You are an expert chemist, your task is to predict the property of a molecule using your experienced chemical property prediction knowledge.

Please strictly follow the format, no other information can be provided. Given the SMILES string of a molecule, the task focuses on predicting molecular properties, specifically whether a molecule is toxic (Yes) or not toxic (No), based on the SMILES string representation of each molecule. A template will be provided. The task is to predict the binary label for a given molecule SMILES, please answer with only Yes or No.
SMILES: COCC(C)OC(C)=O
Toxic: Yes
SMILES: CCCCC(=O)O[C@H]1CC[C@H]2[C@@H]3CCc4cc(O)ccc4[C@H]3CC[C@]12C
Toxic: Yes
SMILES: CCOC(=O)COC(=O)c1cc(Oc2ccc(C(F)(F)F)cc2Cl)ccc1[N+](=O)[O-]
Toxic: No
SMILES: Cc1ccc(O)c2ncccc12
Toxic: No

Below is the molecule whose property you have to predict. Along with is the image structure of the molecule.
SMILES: FC(F)(F)C(F)(F)C(F)(F)C(F)(F)C(F)(F)F
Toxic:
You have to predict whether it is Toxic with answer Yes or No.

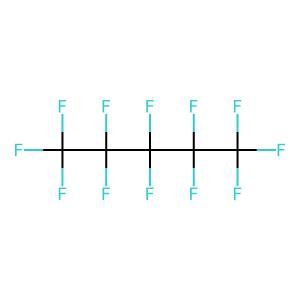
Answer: No